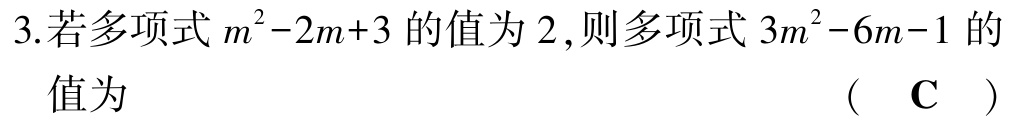
3.若多项式\(m^{2}-2m + 3\)的值为\(2\)，则多项式\(3m^{2}-6m - 1\)的值为 （ C ）